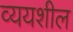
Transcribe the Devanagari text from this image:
व्ययशील